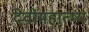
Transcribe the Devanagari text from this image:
देवीमहात्म्य